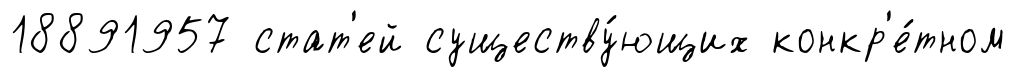
18891957 стат'ей существу́ющих конкр'е́тном